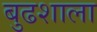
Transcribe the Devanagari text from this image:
बुढशाला